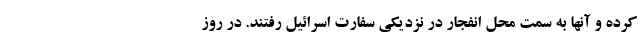
کرده و آنها به سمت محل انفجار در نزدیکی سفارت اسرائیل رفتند. در روز